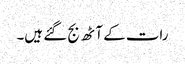
رات کے آٹھ بج گئے ہیں۔